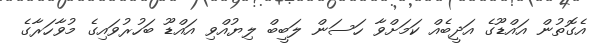
އެގޮތުން އައްޑޫގެ އަދީބެއް ކަމަށްވާ ހަސަން ލަބީބް ލިޔުއްވި އައްޑޫ ބަހުރުވައިގެ މުވާހަރާގެ